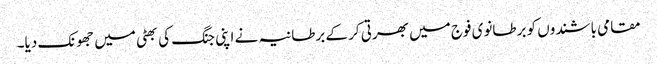
مقامی باشندوں کو برطانوی فوج میں بھرتی کر کے برطانیہ نے اپنی جنگ کی بھٹی میں جھونک دیا۔